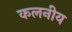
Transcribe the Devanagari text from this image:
कलनीय